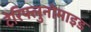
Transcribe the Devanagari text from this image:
टेरिफ्लुनोमाइड